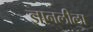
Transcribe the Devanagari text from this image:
ज्ञानलीला